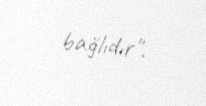
bağlıdır".